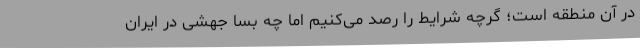
در آن منطقه است؛ گرچه شرایط را رصد می‌کنیم اما چه بسا جهشی در ایران